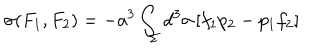
LaTeX: \sigma ( F _ { 1 } , F _ { 2 } ) = - a ^ { 3 } \int _ { \Sigma } d ^ { 3 } \sigma \, [ f _ { 1 } p _ { 2 } - p _ { 1 } f _ { 2 } ]